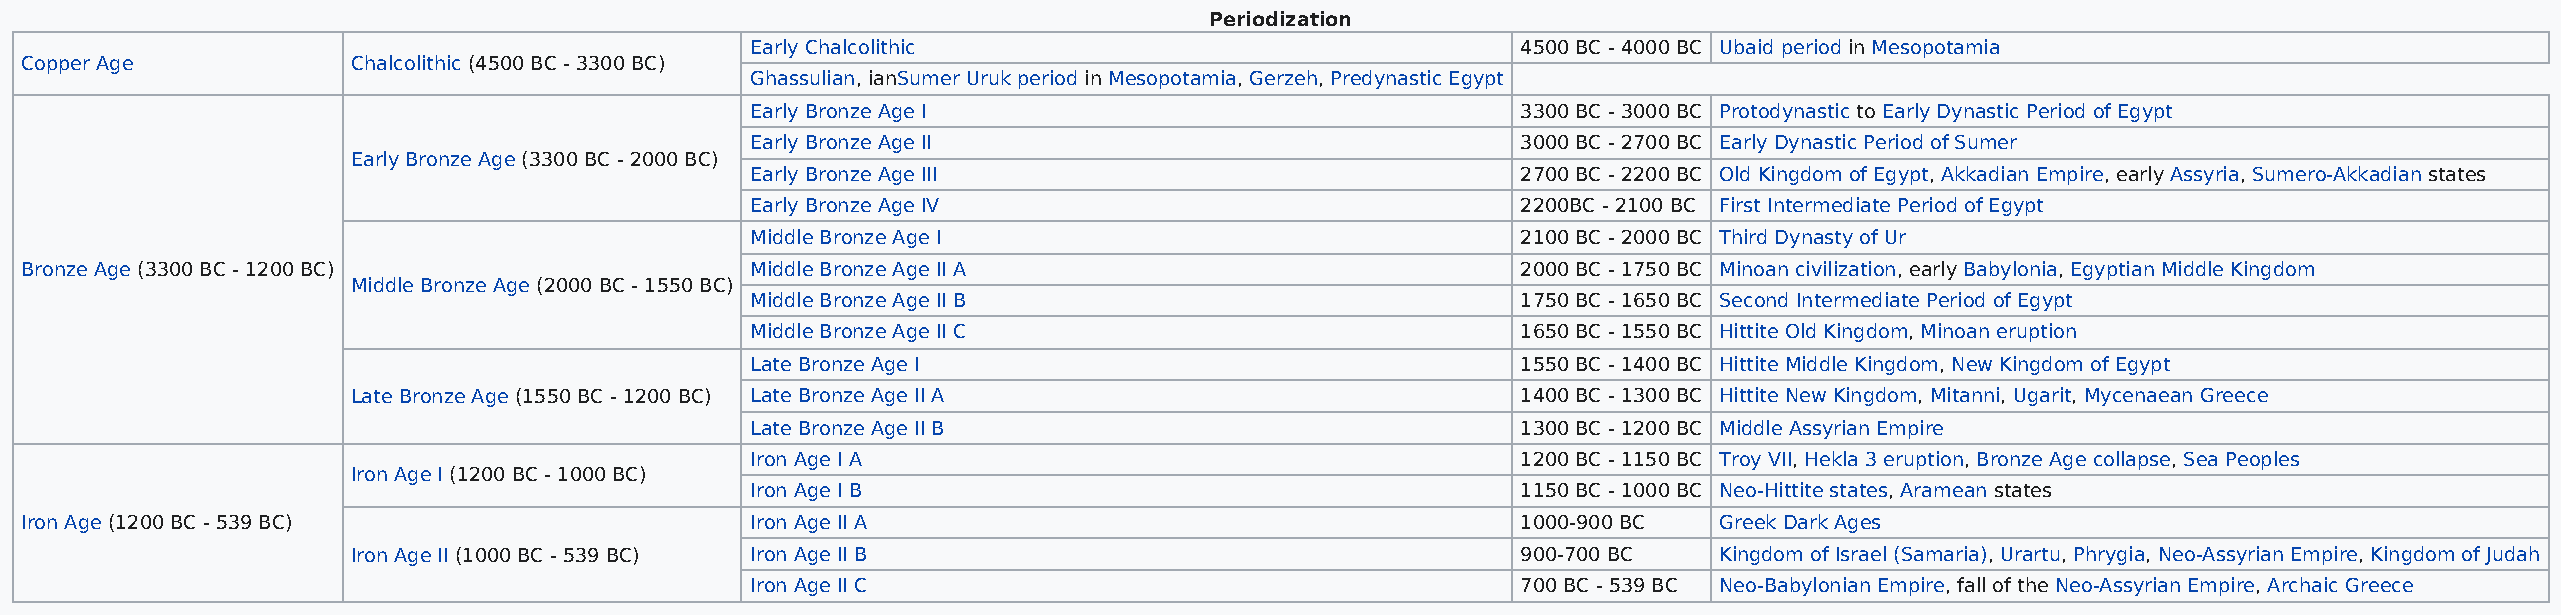
Periodization
 Early Chalcolithic                                 4500 BC - 4000 BC Ubaid period in Mesopotamia
 Copper Age            Chalcolithic (4500 BC - 3300 BC)
 Ghassulian, ianSumer Uruk period in Mesopotamia, Gerzeh, Predynastic Egypt
 Early Bronze Age I                                 3300 BC - 3000 BC Protodynastic to Early Dynastic Period of Egypt
 Early Bronze Age II                                3000 BC - 2700 BC Early Dynastic Period of Sumer
 Early Bronze Age (3300 BC - 2000 BC)
 Early Bronze Age III                               2700 BC - 2200 BC Old Kingdom of Egypt, Akkadian Empire, early Assyria, Sumero-Akkadian states
 Early Bronze Age IV                                2200BC - 2100 BC First Intermediate Period of Egypt
 Middle Bronze Age I                                2100 BC - 2000 BC Third Dynasty of Ur
 Bronze Age (3300 BC - 1200 BC)                   Middle Bronze Age II A                             2000 BC - 1750 BC Minoan civilization, early Babylonia, Egyptian Middle Kingdom
 Middle Bronze Age (2000 BC - 1550 BC)
 Middle Bronze Age II B                             1750 BC - 1650 BC Second Intermediate Period of Egypt
 Middle Bronze Age II C                             1650 BC - 1550 BC Hittite Old Kingdom, Minoan eruption
 Late Bronze Age I                                  1550 BC - 1400 BC Hittite Middle Kingdom, New Kingdom of Egypt
 Late Bronze Age (1550 BC - 1200 BC) Late Bronze Age II A                      1400 BC - 1300 BC Hittite New Kingdom, Mitanni, Ugarit, Mycenaean Greece
 Late Bronze Age II B                               1300 BC - 1200 BC Middle Assyrian Empire
 Iron Age I A                                       1200 BC - 1150 BC Troy VII, Hekla 3 eruption, Bronze Age collapse, Sea Peoples
 Iron Age I (1200 BC - 1000 BC)
 Iron Age I B                                       1150 BC - 1000 BC Neo-Hittite states, Aramean states
 Iron Age (1200 BC - 539 BC)                      Iron Age II A                                      1000-900 BC  Greek Dark Ages
 Iron Age II (1000 BC - 539 BC) Iron Age II B                                  900-700 BC   Kingdom of Israel (Samaria), Urartu, Phrygia, Neo-Assyrian Empire, Kingdom of Judah
 Iron Age II C                                      700 BC - 539 BC Neo-Babylonian Empire, fall of the Neo-Assyrian Empire, Archaic Greece